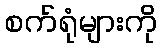
စက်ရုံများကို